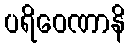
ပရိဝေဏာနိ